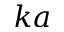
k a